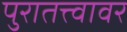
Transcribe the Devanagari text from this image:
पुरातत्त्वावर